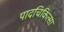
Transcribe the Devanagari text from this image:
पादचिकित्सा